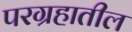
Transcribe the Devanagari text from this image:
परग्रहातील